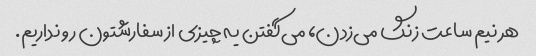
هر نیم ساعت زنگ می‌زدن، می‌گفتن یه چیزی از سفارشتون رو نداریم.